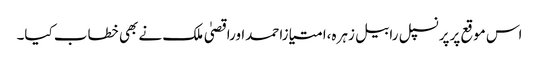
اس موقع پرپرنسپل رابیل زہرہ،امتیازاحمداوراقصیٰ ملک نے بھی خطاب کیا۔